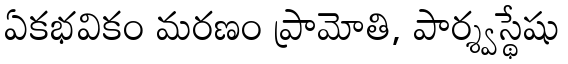
ఏకభవికం మరణం ప్రామోతి, పార్శ్వస్థేషు